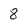
Character: 8